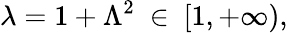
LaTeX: \lambda=1+\Lambda^{2}\ \in\ [1,+\infty),